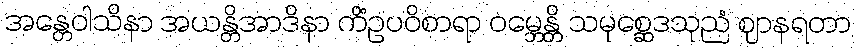
အန္တေဝါသိနာ အယန္တိအာဒိနာ ကိံဥပဝိစာရာ ဝမ္ဘေန္တိ သမုစ္ဆေဒသုညံ ဈာနရတာ